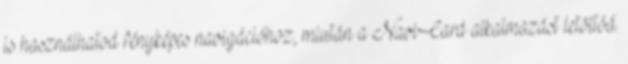
is használhatod fényképes navigációhoz, miután a NaviCard alkalmazást letöltöd.